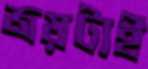
জয়টাই